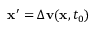
\mathbf { x } ^ { \prime } = \Delta \mathbf { v } ( \mathbf { x } , t _ { 0 } )